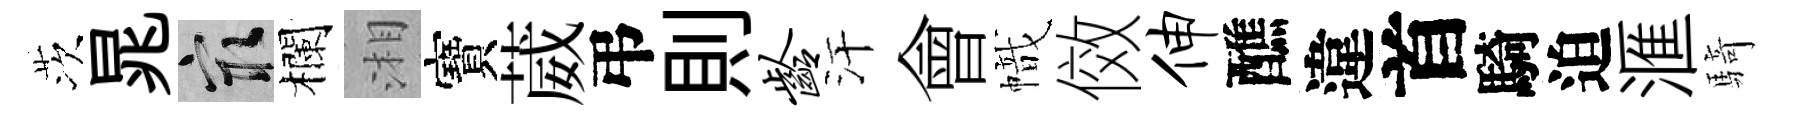
茨晁冣欄湘寶葳弔則龄汗會幟傚伸醮違首騎迫滙騎